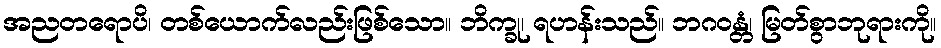
အညတရောပိ၊ တစ်ယောက်လည်းဖြစ်သော။ ဘိက္ခု၊ ရဟန်းသည်။ ဘဂဝန္တံ၊ မြတ်စွာဘုရားကို။